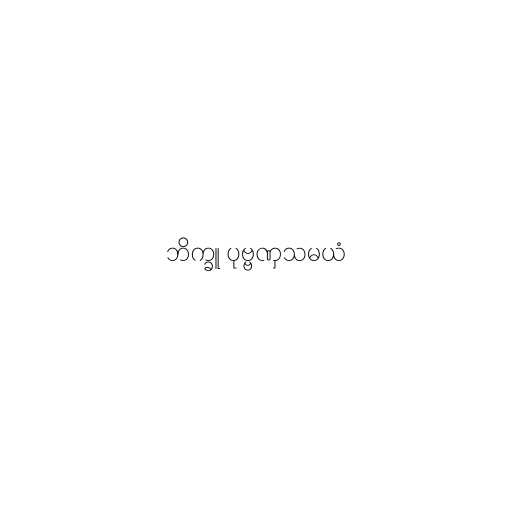
ဘိက္ခူ ပုဗ္ဗဏှသမယံ